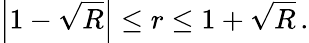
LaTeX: \left|1-\sqrt{R}\right|\leq r\leq 1+\sqrt{R}\, .